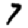
Digit: 7